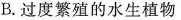
B.过度繁殖的水生植物